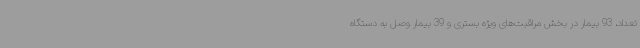
تعداد، 93 بیمار در بخش مراقبت‌های ویژه بستری و 39 بیمار وصل به دستگاه